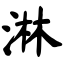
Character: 淋